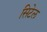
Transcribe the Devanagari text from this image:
सिटेल